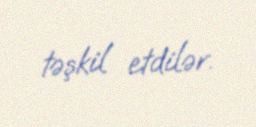
təşkil etdilər.